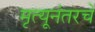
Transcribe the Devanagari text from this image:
मृत्यूनंतरचे